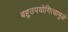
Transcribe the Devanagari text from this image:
बहुउपयोगित्वामुळे